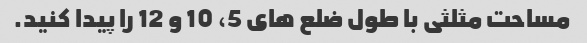
مساحت مثلثی با طول ضلع های 5، 10 و 12 را پیدا کنید.